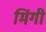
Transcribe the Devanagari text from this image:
मिंगी